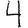
Digit: 4